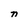
Character: n